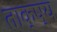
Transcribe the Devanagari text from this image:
ताक्ष्य